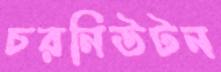
চরনিউটন